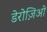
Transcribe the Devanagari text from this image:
डेरोज़िओ